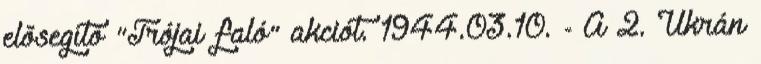
elõsegítõ "Trójai faló" akciót. 1944.03.10. - A 2. Ukrán